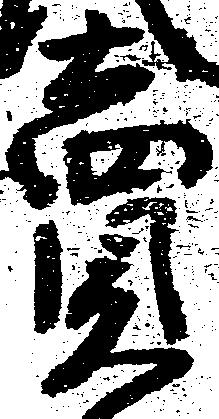
売